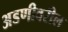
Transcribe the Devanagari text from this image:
अडणीवरील